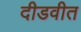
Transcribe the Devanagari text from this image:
दीडवीत